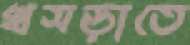
খসড়াতে